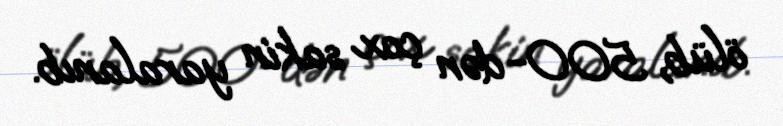
ölüb, 500-dən çox sakin yaralanıb.